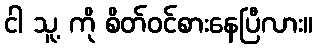
ငါ သူ့ ကို စိတ်ဝင်စားနေပြီလား။